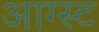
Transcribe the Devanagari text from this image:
आग्‍स्‍ट